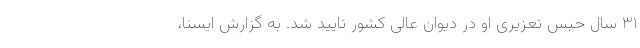
۳۱ سال حبس تعزیری او در دیوان عالی کشور تایید شد. به گزارش ایسنا،